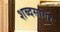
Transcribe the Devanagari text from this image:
शब्‍दसागर